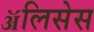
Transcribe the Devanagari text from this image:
ॲलिसेस